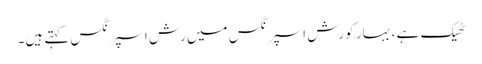
ٹھیک ہے ، بہار کو رش اسپرنگس میں رش اسپرنگس کہتے ہیں۔